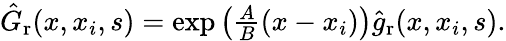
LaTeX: \begin{array}{r}{\hat{G}_{\mathrm{r}}(x,x_{i},s)=\exp\left(\frac{A}{B}(x-x_{i})\right)\hat{g}_{\mathrm{r}}(x,x_{i},s).}\end{array}